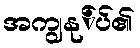
အကျွနု်ပ်၏